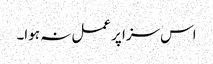
اس سزا پر عمل نہ ہوا۔